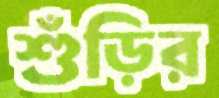
শুঁড়ির